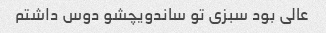
عالی بود سبزی تو ساندویچشو دوس داشتم